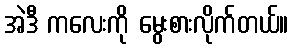
အဲဒီ ကလေးကို မွေးစားလိုက်တယ်။